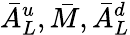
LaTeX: \bar{A}_{L}^{u},\bar{M},\bar{A}_{L}^{d}